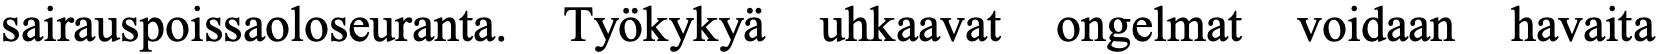
sairauspoissaoloseuranta. Työkykyä uhkaavat ongelmat voidaan havaita